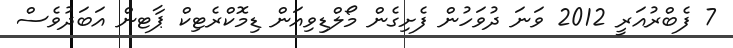
7 ފެބްރުއަރީ 2012 ވަނަ ދުވަހުން ފެށިގެން މޯލްޑިވިއަން ޑިމޮކްރެޓިކް ޕާޓން އަބަދުވެސް